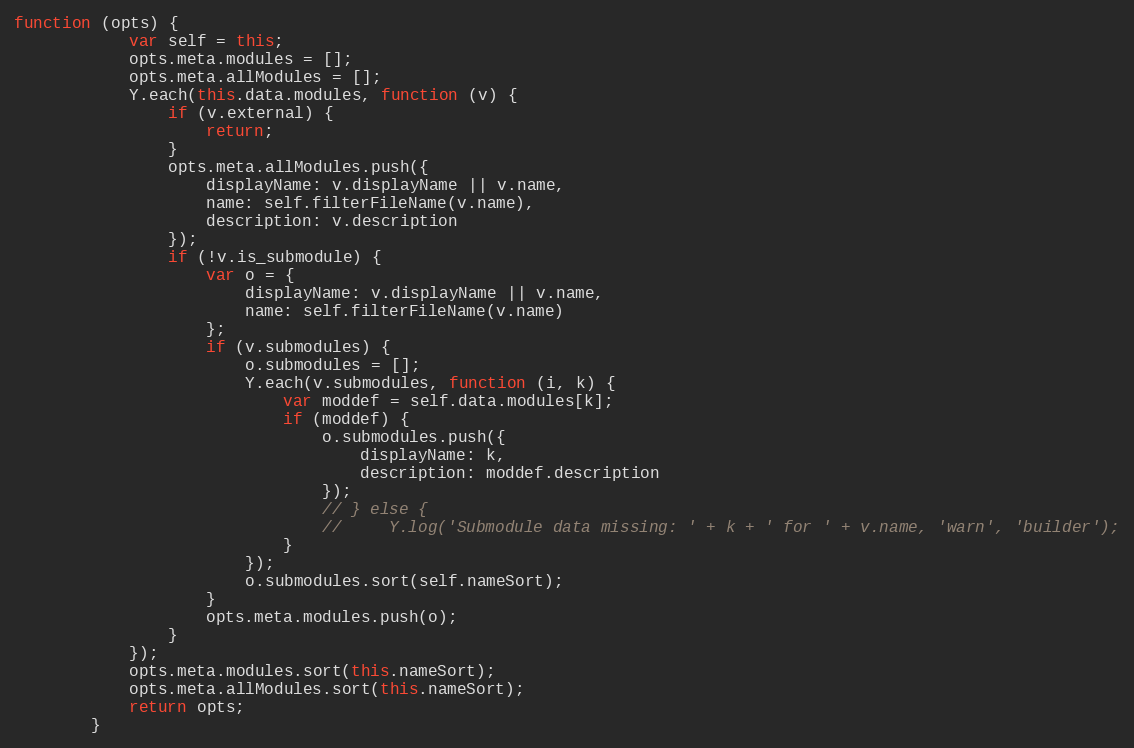
Language: JavaScript
function (opts) {
            var self = this;
            opts.meta.modules = [];
            opts.meta.allModules = [];
            Y.each(this.data.modules, function (v) {
                if (v.external) {
                    return;
                }
                opts.meta.allModules.push({
                    displayName: v.displayName || v.name,
                    name: self.filterFileName(v.name),
                    description: v.description
                });
                if (!v.is_submodule) {
                    var o = {
                        displayName: v.displayName || v.name,
                        name: self.filterFileName(v.name)
                    };
                    if (v.submodules) {
                        o.submodules = [];
                        Y.each(v.submodules, function (i, k) {
                            var moddef = self.data.modules[k];
                            if (moddef) {
                                o.submodules.push({
                                    displayName: k,
                                    description: moddef.description
                                });
                                // } else {
                                //     Y.log('Submodule data missing: ' + k + ' for ' + v.name, 'warn', 'builder');
                            }
                        });
                        o.submodules.sort(self.nameSort);
                    }
                    opts.meta.modules.push(o);
                }
            });
            opts.meta.modules.sort(this.nameSort);
            opts.meta.allModules.sort(this.nameSort);
            return opts;
        }